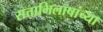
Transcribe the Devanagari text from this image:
सत्ताभिलाषांच्या